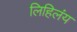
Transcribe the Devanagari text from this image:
लिहिलंय